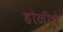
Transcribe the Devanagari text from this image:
होळीचे